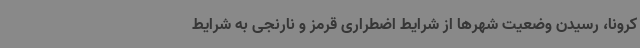
کرونا، رسیدن وضعیت شهرها از شرایط اضطراری قرمز و نارنجی به شرایط